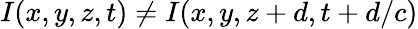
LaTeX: I(x,y,z,t)\neq I(x,y,z+d,t+d/c)